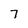
Character: 7